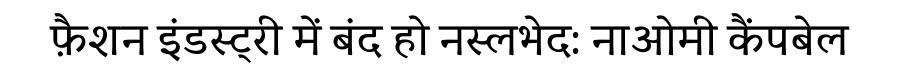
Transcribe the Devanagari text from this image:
फ़ैशन इंडस्ट्री में बंद हो नस्लभेद: नाओमी कैंपबेल